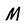
Character: M